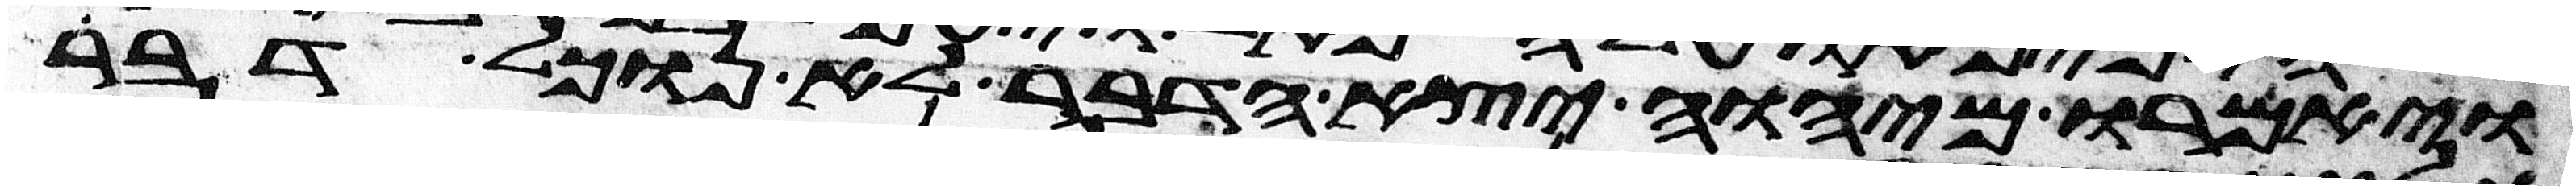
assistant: ויאמרו מיהוה יצא הדבר לא נוכל דבר